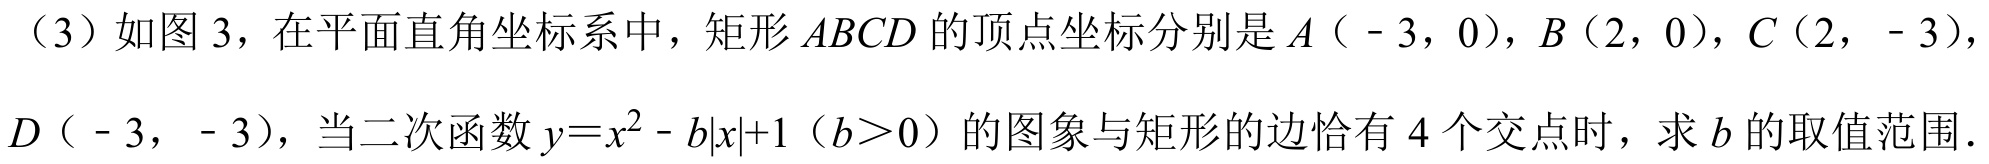
（3）如图 3，在平面直角坐标系中，矩形\(ABCD\)的顶点坐标分别是\(A(-3,0)\)，\(B(2,0)\)，\(C(2,-3)\)，
\(D(-3,-3)\)，当二次函数\(y = x^{2}-b|x| + 1\)（\(b>0\)）的图象与矩形的边恰有\(4\)个交点时，求\(b\)的取值范围.